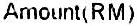
AMOUNT(RM)